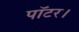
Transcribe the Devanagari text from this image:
पॉटर।